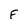
Character: F